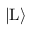
| \mathrm { L } \rangle